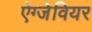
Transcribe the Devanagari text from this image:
ऐग्जेवियर